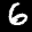
Label: 6